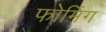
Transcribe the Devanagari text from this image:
फोमिंग